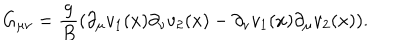
G _ { \mu \nu } = \frac { g } { B } ( \partial _ { \mu } v _ { 1 } ( x ) \partial _ { \nu } v _ { 2 } ( x ) - \partial _ { \nu } v _ { 1 } ( x ) \partial _ { \mu } v _ { 2 } ( x ) ) .